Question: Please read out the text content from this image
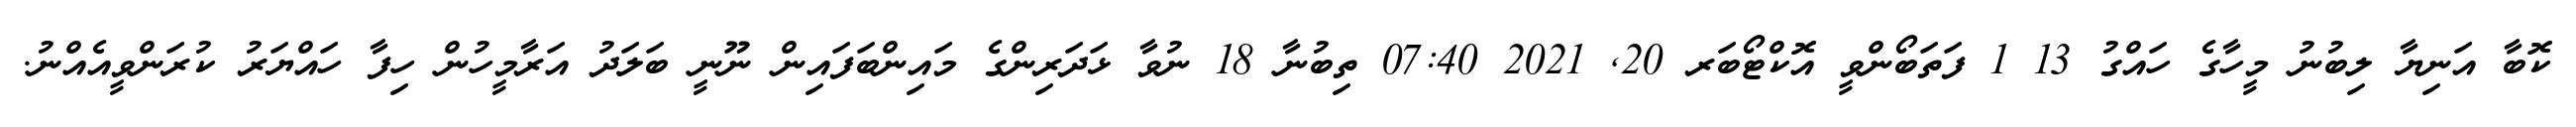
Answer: ކޮބާ އަނިޔާ ލިބުނު މީހާގެ ހައްގު 13 1 ފަތަބޯންވީ އޮކްޓޯބަރ 20, 2021 07:40 ތިބުނާ 18 ނުވާ ޅަދަރިންގެ މައިންބަފައިން ނޫނީ ބަލަދު އަރާމީހުން ހިފާ ހައްޔަރު ކުރަންވީއެއްނު.